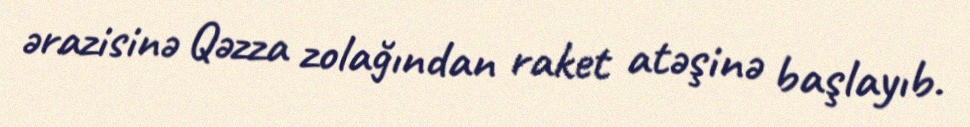
ərazisinə Qəzza zolağından raket atəşinə başlayıb.